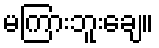
မကြားဘူးချေ။